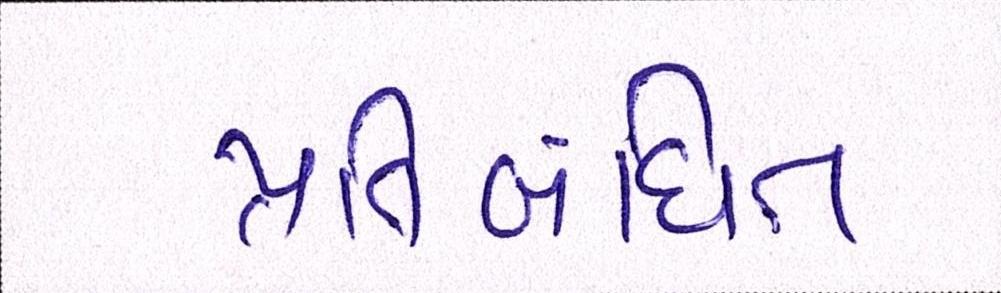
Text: પ્રતિબંધિત